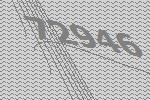
72946